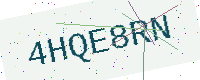
Text: 4HQE8RN